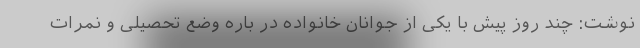
نوشت: چند روز پیش با یکی از جوانان خانواده در باره وضع تحصیلی و نمرات